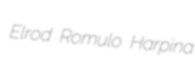
Elrod Romulo Harpina